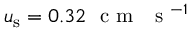
u _ { \mathrm { s } } = 0 . 3 2 ~ \textrm { c m } ~ \textrm { s } ^ { - 1 }